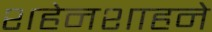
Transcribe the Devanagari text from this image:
शहेनशाहने